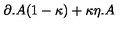
\partial . A ( 1 - \kappa ) + \kappa \eta . A \protect